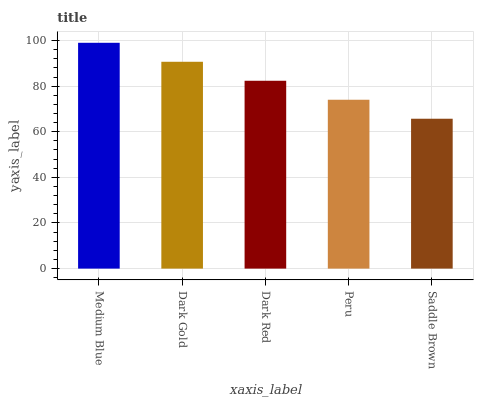
| xaxis_label | bars |
 | --- | --- |
 | Medium Blue | 99 |
 | Dark Gold | 90.7 |
 | Dark Red | 82.4 |
 | Peru | 74 |
 | Saddle Brown | 65.7 |